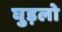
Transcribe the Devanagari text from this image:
घुड़लो